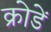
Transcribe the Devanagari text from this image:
क्रोडें